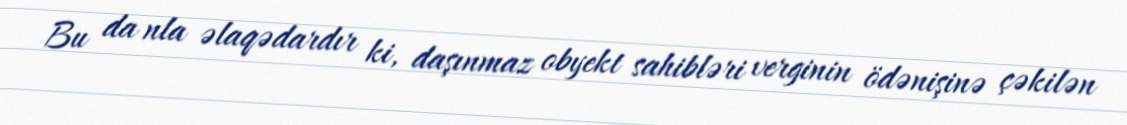
Bu da nla əlaqədardır ki, daşınmaz obyekt sahibləri verginin ödənişinə çəkilən